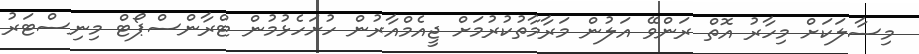
މިސާލަކަށް މިހާރު އޮތް ރަންވޭ އަލުން މަރާމާތުކުރުމަށް ޖީއެމްއާރުން ހުށަހެޅުމުން ޓްރާންސްޕޯޓް މިނިސްޓަރު